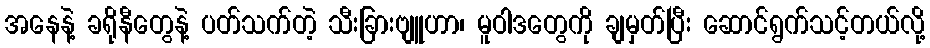
အနေနဲ့ ခရိုနီတွေနဲ့ ပတ်သက်တဲ့ သီးခြားဗျူဟာ၊ မူဝါဒတွေကို ချမှတ်ပြီး ဆောင်ရွက်သင့်တယ်လို့